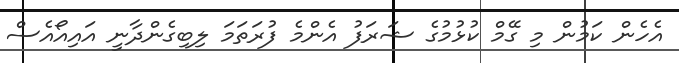
އެހެން ކަމުން މި ގޭމް ކުޅުމުގެ ޝަރަފު އެންމެ ފުރަތަމަ ލިބިގެންދާނީ އައިއޯއެސް